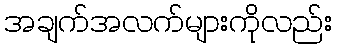
အချက်အလက်များကိုလည်း